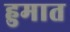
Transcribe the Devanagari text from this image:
हुमात